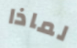
لماذا